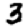
Digit: 3